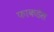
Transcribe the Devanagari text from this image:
फाकडेस